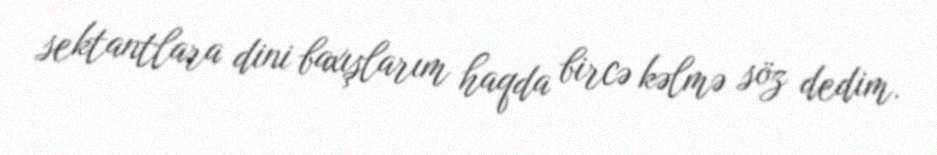
sektantlara dini baxışlarım haqda bircə kəlmə söz dedim.